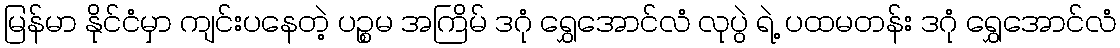
မြန်မာ နိုင်ငံမှာ ကျင်းပနေတဲ့ ပဉ္စမ အကြိမ် ဒဂုံ ရွှေအောင်လံ လုပွဲ ရဲ့ ပထမတန်း ဒဂုံ ရွှေအောင်လံ